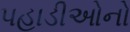
પહાડીઓનો